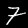
Label: 7